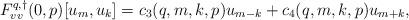
LaTeX: \begin{align*}F^{q,\dagger}_{vv}(0,p)[u_m, u_k] &= c_3(q,m,k,p) u_{m-k} + c_4(q,m,k,p) u_{m+k},\end{align*}